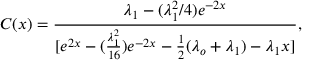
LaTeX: C ( x ) = \frac { \lambda _ { 1 } - ( \lambda _ { 1 } ^ { 2 } / 4 ) e ^ { - 2 x } } { [ e ^ { 2 x } - ( \frac { \lambda _ { 1 } ^ { 2 } } { 1 6 } ) e ^ { - 2 x } - \frac { 1 } { 2 } ( \lambda _ { o } + \lambda _ { 1 } ) - \lambda _ { 1 } x ] } ,